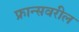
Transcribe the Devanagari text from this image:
फ्रान्सवरील